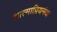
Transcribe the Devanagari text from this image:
आत्माप्रियनंदा